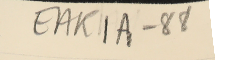
EAK1A-88